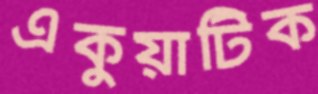
একুয়াটিক